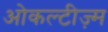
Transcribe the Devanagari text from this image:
ओकल्टीज़्म